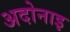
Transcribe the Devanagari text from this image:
अदोनाइ